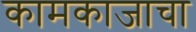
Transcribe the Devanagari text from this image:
कामकाजाचा